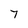
Character: 7